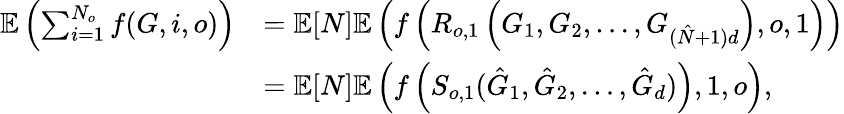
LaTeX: \begin{array}{rl}{\mathbb{E}\left(\sum_{i=1}^{N_{o}}f(G,i,o)\right)}&{=\mathbb{E}[N]\mathbb{E}\left(f\left(R_{o,1}\left(G_{1},G_{2},\ldots,G_{(\hat{N}+1)d}\right),o,1\right)\right)}\\ &{=\mathbb{E}[N]\mathbb{E}\left(f\left(S_{o,1}(\hat{G}_{1},\hat{G}_{2},\ldots,\hat{G}_{d})\right),1,o\right),}\end{array}